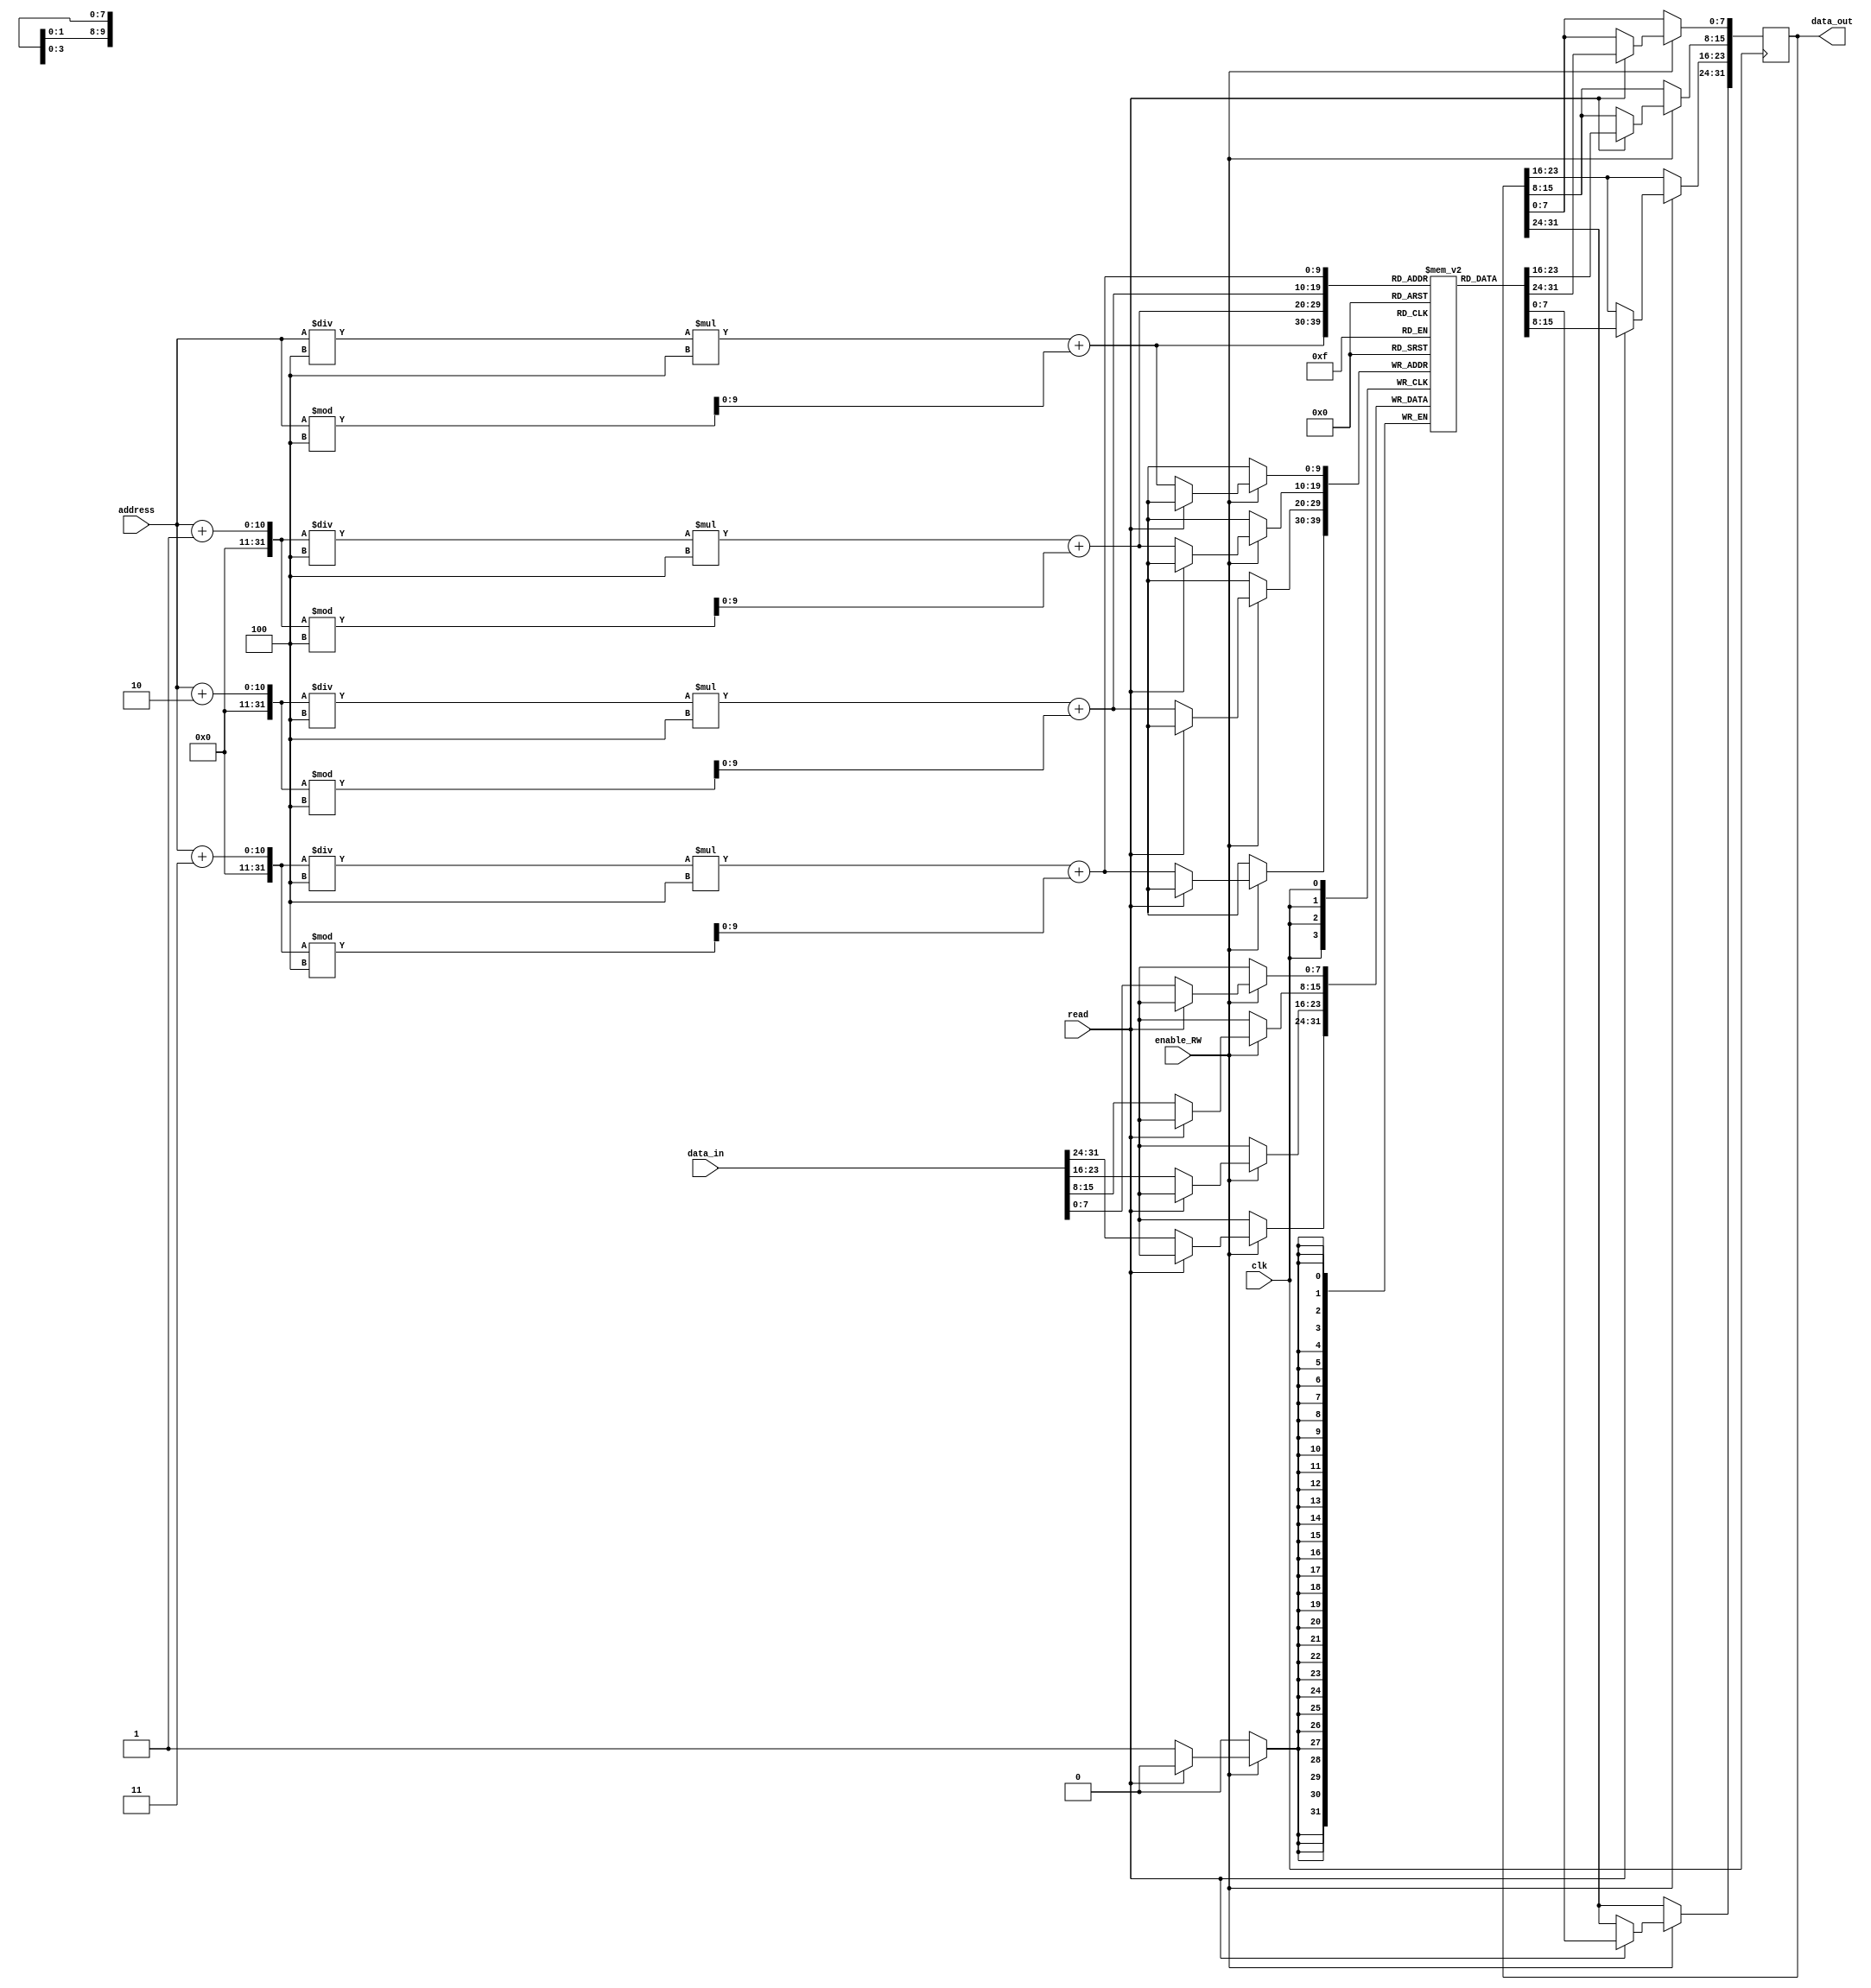
`timescale 1ns / 1ps
//////////////////////////////////////////////////////////////////////////////////
// Company: 
// Engineer: 
// 
// Design Name: 
// Module Name: RAM
// Project Name: 
// Target Devices: 
// Tool Versions: 
// Description: 
// 
// Dependencies: 
// 
// Revision:
// Revision 0.01 - File Created
// Additional Comments:
// 
//////////////////////////////////////////////////////////////////////////////////
module RAM(clk,read,enable_RW,address,data_in,data_out);


    parameter DATA_WIDTH=32;//length of each word
    parameter ADDRESS_WIDTH=10;
    parameter RAM_DEPTH=(2**(ADDRESS_WIDTH-2));//no_of locations
    
    //parameter MEM_INIT_FILE = "C:\Users\vamsi\Desktop\Main_Project_Code\Mem_block_init_file";//Memry initialization file parameter
    input clk;
    input read;
    input enable_RW;
    input [ADDRESS_WIDTH-1:0] address;
    input [DATA_WIDTH-1:0] data_in;
    output reg[DATA_WIDTH-1:0] data_out;
    
    //memory banks
    reg[7:0] mem [0:255][0:3];
    
/*    initial
    begin:Initialization_of_the_RAM_block
        *//*if (MEM_INIT_FILE != "") 
        begin
            $readmemh(MEM_INIT_FILE, mem);
        end*//*
        mem[3]=32'd13;
        mem[4]=32'd14;
        mem[5]=32'd15;
        mem[6]=32'd16;
        mem[7]=32'd17;
    end    
*/
    always@(posedge clk)
    begin
       if(enable_RW)
       begin
            if(read)
            begin
                data_out[7:0]<=mem[address/4][address%4];
                data_out[15:8]<=mem[(address+1)/4][(address+1)%4];
                data_out[23:16]<=mem[(address+2)/4][(address+2)%4];
                data_out[31:24]<=mem[(address+3)/4][(address+3)%4];
            end
            else
            begin
                mem[address/4][address%4]<=data_in[7:0];
                mem[(address+1)/4][(address+1)%4]<=data_in[15:8];
                mem[(address+2)/4][(address+2)%4]<=data_in[23:16];
                mem[(address+3)/4][(address+3)%4]<=data_in[31:24];                
            end
       end
    end

endmodule